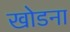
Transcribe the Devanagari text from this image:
खोडना